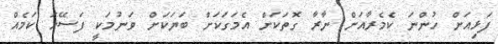
ފަޅިއަށް ހުންނަ ކެމެރާއަށް ނާރާ ގޮތަކަށް އެމަގަކަށް ބަޔަކަށް ވަނުމަކީ ފަސޭހަ ކަމެއް